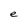
Character: e